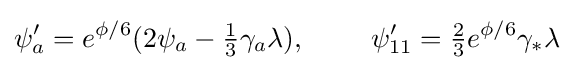
\psi _{a}'=e^{\phi /6}(2\psi _{a}-{\tfrac {1}{3}}\gamma _{a}\lambda ),\ \ \ \ \ \ \ \psi _{11}'={\tfrac {2}{3}}e^{\phi /6}\gamma _{*}\lambda